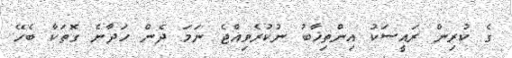
ގެ ކުރިން ރައީސަކު އިންތިޚާބު ނުކުރެވިއްޖެ ނަމަ ދެން ހަދާނެ ގޮތަކާ ބެހޭ